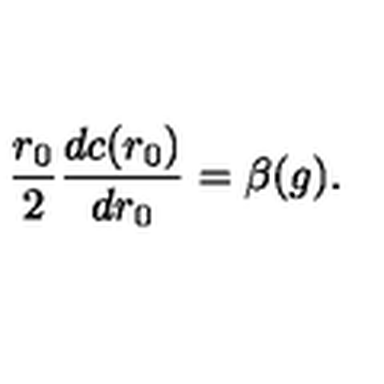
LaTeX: \frac { r _ { 0 } } { 2 } \frac { d c ( r _ { 0 } ) } { d { r _ { 0 } } } = \beta ( g ) .